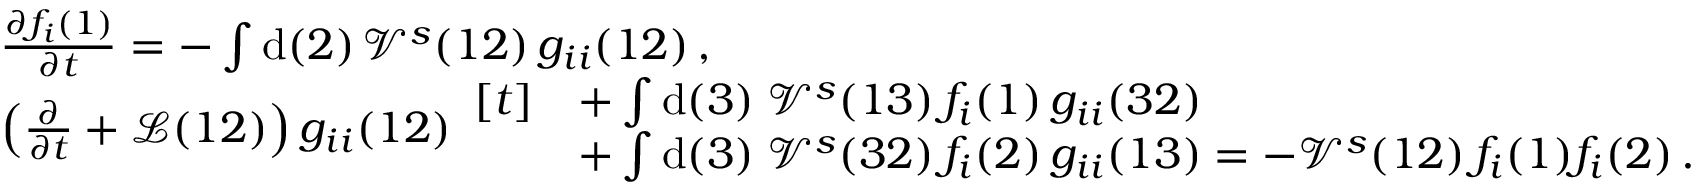
\begin{array} { r l } & { \frac { \partial f _ { i } ( 1 ) } { \partial t } = - \int \mathrm { d } ( 2 ) \, \mathcal { V } ^ { s } ( 1 2 ) \, g _ { i i } ( 1 2 ) \, , } \\ & { \left( \frac { \partial } { \partial t } + \mathcal { L } ( 1 2 ) \right) g _ { i i } ( 1 2 ) \begin{array} { r l } { [ t ] } & { + \int \mathrm { d } ( 3 ) \; \mathcal { V } ^ { s } ( 1 3 ) \, f _ { i } ( 1 ) \, g _ { i i } ( 3 2 ) } \\ & { + \int \mathrm { d } ( 3 ) \; \mathcal { V } ^ { s } ( 3 2 ) \, f _ { i } ( 2 ) \, g _ { i i } ( 1 3 ) = - \mathcal { V } ^ { s } ( 1 2 ) \, f _ { i } ( 1 ) f _ { i } ( 2 ) \, . } \end{array} } \end{array}